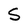
Character: S